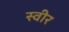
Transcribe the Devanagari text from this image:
स्वीर